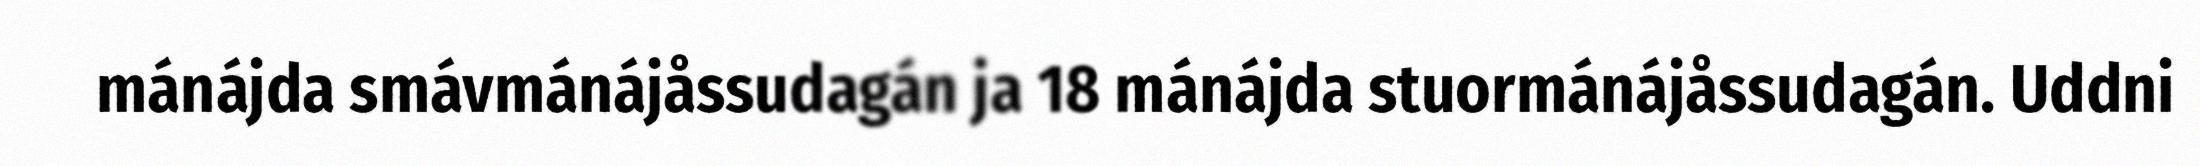
mánájda smávmánájåssudagán ja 18 mánájda stuormánájåssudagán. Uddni